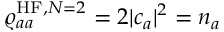
{ \varrho _ { a a } ^ { \mathrm { H F } , N = 2 } = 2 | c _ { a } | ^ { 2 } = n _ { a } }